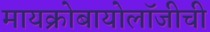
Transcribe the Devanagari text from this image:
मायक्रोबायोलॉजीची